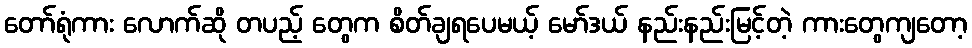
တော်ရုံကား လောက်ဆို တပည့် တွေက စိတ်ချရပေမယ့် မော်ဒယ် နည်းနည်းမြင့်တဲ့ ကားတွေကျတော့